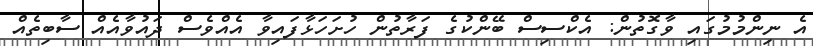
އެ ނިންމުމުގައި ވާގޮތުން: އެކްސިސް ބޭންކުގެ ފަރާތުން ހުށަހަޅާފައިވާ އެއްވެސް ދައުވާއެއް ސާބިތެއް